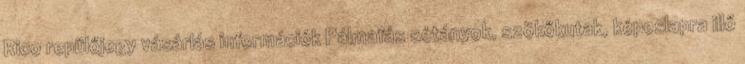
Rico repülőjegy vásárlás információk Pálmafás sétányok, szökőkutak, képeslapra illő